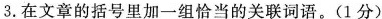
3.在文章的括号里加一组恰当的关联词语。(1分)